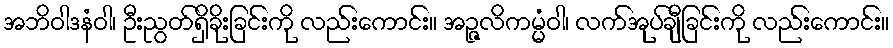
အဘိဝါဒနံဝါ၊ ဦးညွတ်ရှိခိုးခြင်းကို လည်းကောင်း။ အဉ္ဇလိကမ္မံဝါ၊ လက်အုပ်ချီခြင်းကို လည်းကောင်း။